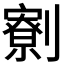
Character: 𠠙